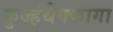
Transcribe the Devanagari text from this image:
कुज्हंथैक्कागा